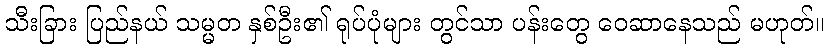
သီးခြား ပြည်နယ် သမ္မတ နှစ်ဦး၏ ရုပ်ပုံများ တွင်သာ ပန်းတွေ ဝေဆာနေသည် မဟုတ်။